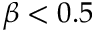
\beta < 0 . 5